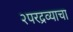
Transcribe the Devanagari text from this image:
२परद्रव्याचा